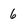
Character: 6